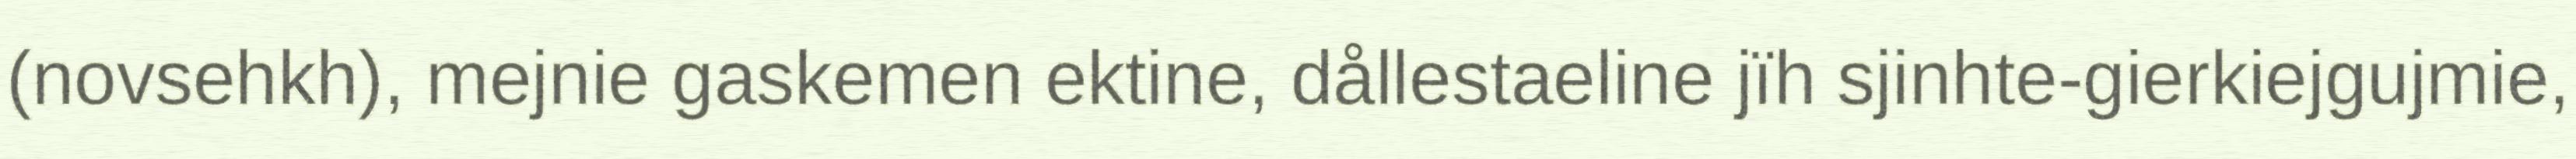
(novsehkh), mejnie gaskemen ektine, dållestaeline jïh sjinhte-gierkiejgujmie,